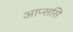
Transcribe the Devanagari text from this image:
आप्ससि